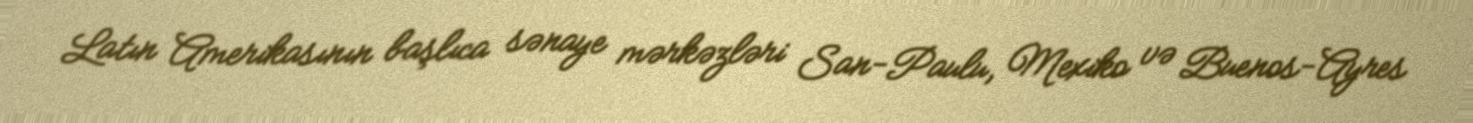
Latın Amerikasının başlıca sənaye mərkəzləri San-Paulu, Mexiko və Buenos-Ayres